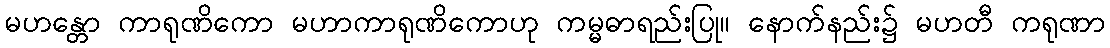
မဟန္တော ကာရုဏိကော မဟာကာရုဏိကောဟု ကမ္မဓာရည်းပြု။ နောက်နည်း၌ မဟတီ ကရုဏာ